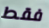
فقط